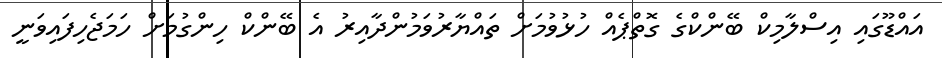
އައްޑޫގައި އިސްލާމިކް ބޭންކްގެ ގޮތްޕެއް ހުޅުވުމަށް ތައްޔާރުވަމުންދާއިރު އެ ބޭންކް ހިންގުމަށް ހަމަޖެހިފައިވަނީ